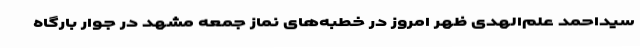
سیداحمد علم‌الهدی ظهر امروز در خطبه‌های نماز جمعه مشهد در جوار بارگاه